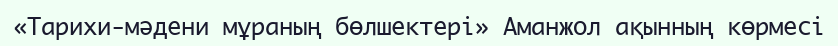
«Тарихи-мәдени мұраның бөлшектері» Аманжол ақынның көрмесі